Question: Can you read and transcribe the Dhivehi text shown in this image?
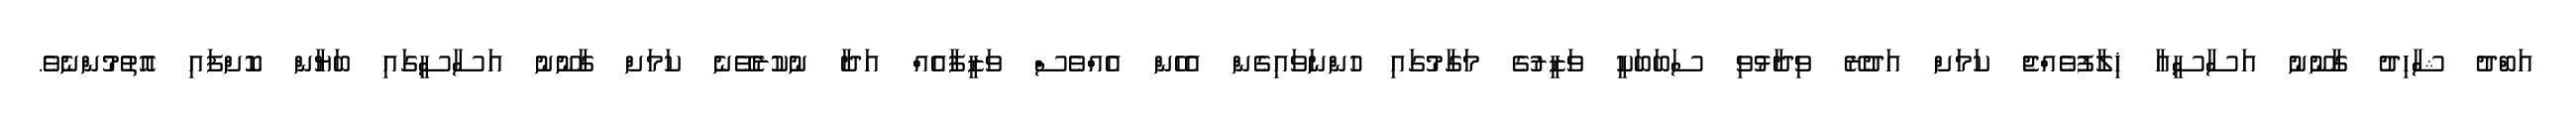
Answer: އަބްދު ޝާހިދު ގާނޫނު އަސާސީއާ ޚިލާފުވެއްޖެ ކަމަށް އަދުރޭ ވިދާޅުވި ސަބަބަކީ ވަޒީރުގެ މަގާމުގައި ހުންނަވައިގެން އެހެން އެއްވެސް ވަޒީފާއެއް އަދާ ނުކުރެވޭނެ ކަމަށް ގާނޫނު އަސާސީގައި ބަޔާން ކޮށްފައި އޮތުމުންނެވެ.